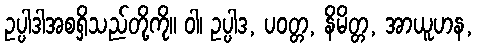
ဥပ္ပါဒါအစရှိသည်တို့ကို။ ဝါ၊ ဥပ္ပါဒ, ပဝတ္တ, နိမိတ္တ, အာယူဟန,